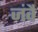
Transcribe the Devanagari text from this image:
जंवै